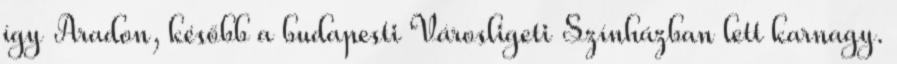
így Aradon, később a budapesti Városligeti Színházban lett karnagy.